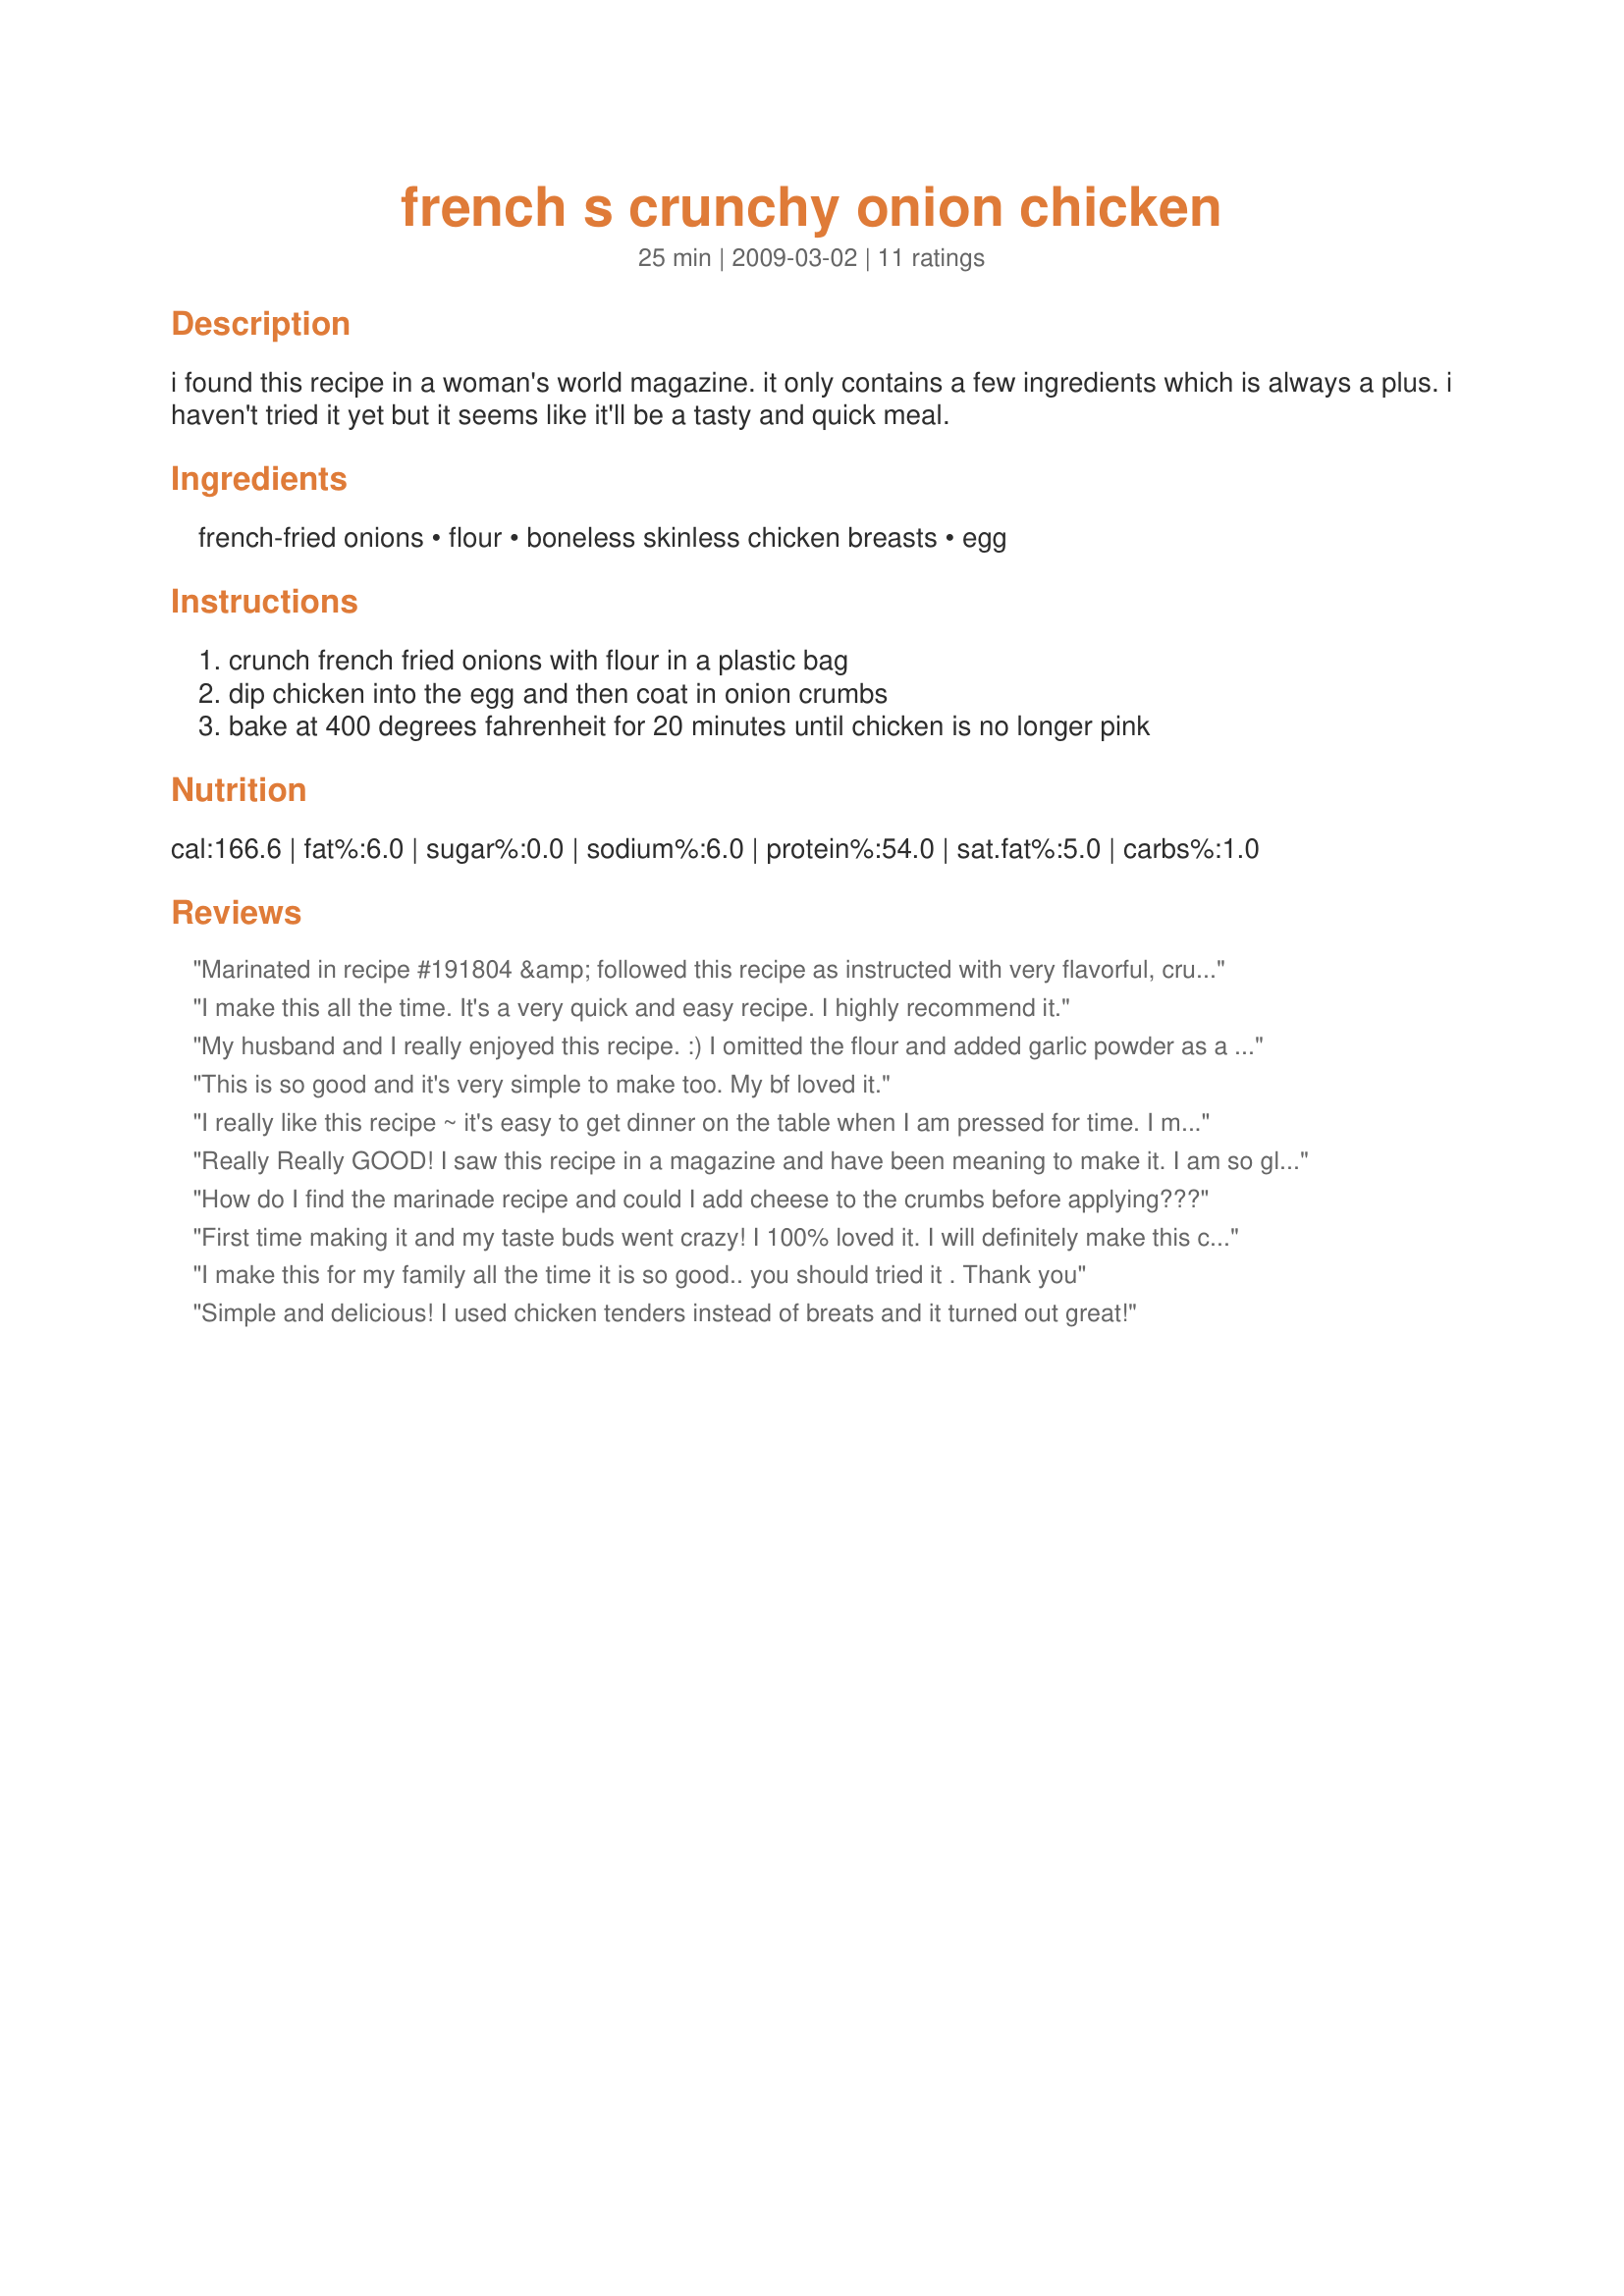
french s crunchy onion chicken
Preparation time: 25 minutes

i found this recipe in a woman's world magazine. it only contains a few ingredients which is always a plus. i haven't tried it yet but it seems like it'll be a tasty and quick meal.

Ingredients:
french-fried onions, flour, boneless skinless chicken breasts, egg

Steps:
crunch french fried onions with flour in a plastic bag, dip chicken into the egg and then coat in onion crumbs, bake at 400 degrees fahrenheit for 20 minutes until chicken is no longer pink

Reviews:
Marinated in recipe #191804 &amp; followed this recipe as instructed with very flavorful, crunchy results. I did spray lightly with butter flavored cooking spray to ensure maximum crispness. Thanks for sharing, everyone including my 2 year old complimented this over and over! Served with Brussels sprouts &amp; Parmesan noodles. Thanks for sharing!
I make this all the time. It's a very quick and easy recipe. I highly recommend it.
My husband and I really enjoyed this recipe. :) I omitted the flour and added garlic powder as a seasoning. This is a great low carb alternative for "breading". This made a nice moist piece of chicken. I had to cook the chicken for 25 minutes after cooking them for 20 minutes and some of the chicken was still pink on the inside. Thank you for the recipe!
This is so good and it's very simple to make too. My bf loved it.
I really like this recipe ~ it's easy to get dinner on the table when I am pressed for time. I make exactly as posted and usually serve with rice and some kind of veggie. Thanks for posting!
Really Really GOOD! I saw this recipe in a magazine and have been meaning to make it. I am so glad that I finally got around to it! It will be made regularly now! I also had to cook the chicken for about 40-50 minutes. I added garlic powder and Tony Chaceries to the egg for more flavor. I served with green bean casserole (I threw it in with the chicken!)and rice pilaf. Thank you for posting!
How do I find the marinade recipe and could I add cheese to the crumbs before applying???
First time making it and my taste buds went crazy! I 100% loved it. I will definitely make this crunchy chicken again. Thank you!
I make this for my family all the time it is so good.. you should tried it . Thank you
Simple and delicious! I used chicken tenders instead of breats and it turned out great!
This was okay. We thought it needed more seasoning though. We used the plain onions and maybe the cheddar ones would have been more flavorful. It gets 4 stars for being so quick and easy to prepare (I really liked that)!
